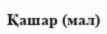
Қашар (мал)